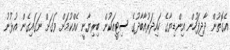
އެގޮތުން ދާދިފަހުން އިންޑިޔާގެ ހައިދަރުއާބާދުގެ ސިޓީއަކުން ބިރިޔާނީ ކެއްކުމަށް ވަގަށް ނަގައިގެން އުޅުނު